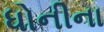
ધોનીના